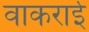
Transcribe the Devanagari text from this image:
वाकराई